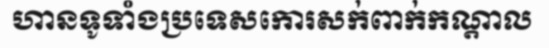
ហានទូទាំងប្រទេសកោរសក់ពាក់កណ្តាល